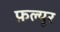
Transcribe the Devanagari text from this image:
फ़ल्यूर